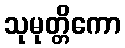
သုမုတ္တိကော